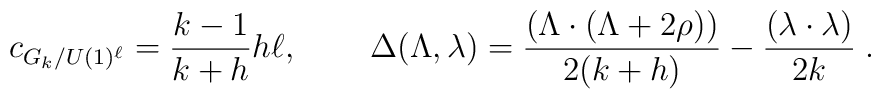
c_{G_{k}/U(1)^{\ell }}=\frac{k-1}{k+h}h\ell ,\,\quad \quad \Delta (\Lambda,\lambda )=\frac{(\Lambda \cdot (\Lambda +2\rho ))}{2(k+h)}-\frac{(\lambda\cdot \lambda )}{2k}\;.